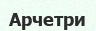
Арчетри